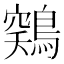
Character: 𱈳